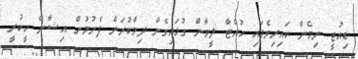
ޑިއުޓީ ނިމެން ކައިރިވެފައި ހުއްޓާ ލީވާން ގުޅައިގެން ދިމާކުރަން ފެށުމުން އިޝާން ހީކުރީ